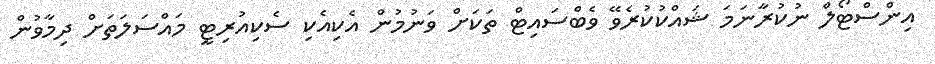
އިންސްޓޯލް ނުކުރާނަމަ ޝައްކުކުރެވޭ ވެބްސައިޓް ތަކަށް ވަނުމުން އެކިއެކި ސެކިއުރިޓީ މައްސަލަތަށް ދިމާވުން